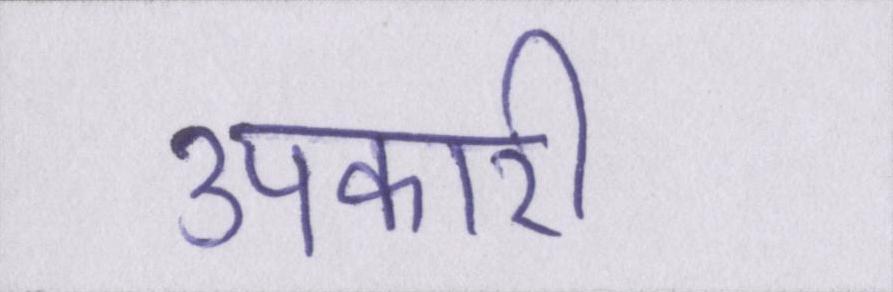
उपकारी